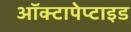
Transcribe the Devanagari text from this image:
ऑक्टापेप्टाइड